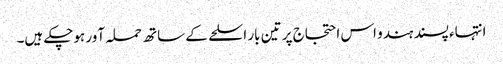
انتہاء پسند ہندو اس احتجاج پر تین بار اسلحے کے ساتھ حملہ آور ہوچکے ہیں۔